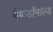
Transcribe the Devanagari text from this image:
मैकडॉनाल्ड